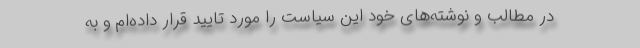
در مطالب و نوشته‌های خود این سیاست را مورد تایید قرار داده‌ام و به